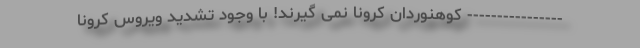
---------------- کوهنوردان کرونا نمی گیرند! با وجود تشدید ویروس کرونا